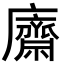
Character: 𢋿